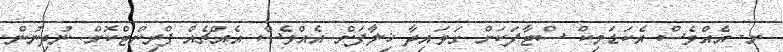
ށ- އެއްވެސް އެކަޑަމިކް ސްޓާފަކަށް ގަވައިދާ ޚިލާފަށް އެއްވެސް އެއްޗެއް ޕްރިންޓްކޮށް ނުދިނުން.